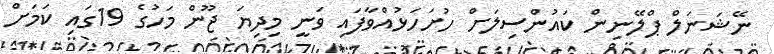
ނޭޝަނަލް ޕްލޭނިން ކައުންސިލަށް ހުށަހަޅުއްވާފައި ވަނީ މިދިޔަ ޖޫން މަހުގެ 19ގައި ކަމަށް